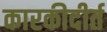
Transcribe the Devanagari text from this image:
कारकीदीर्त